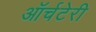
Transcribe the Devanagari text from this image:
ऑर्चटेरी